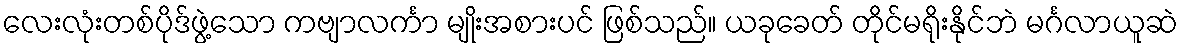
လေးလုံးတစ်ပိုဒ်ဖွဲ့သော ကဗျာလင်္ကာ မျိုးအစားပင် ဖြစ်သည်။ ယခုခေတ် တိုင်မရိုးနိုင်ဘဲ မင်္ဂလာယူဆဲ